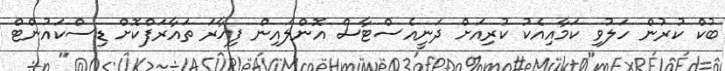
ބުކް ކުރުން ހަލުވި ކަމާއިއެކު ކުރިއަށް ދަނީއެސްޓާސް އޮންލައިން ފިހާރަ ތައާރަފްކޮށް ޑިސްކައުންޓް